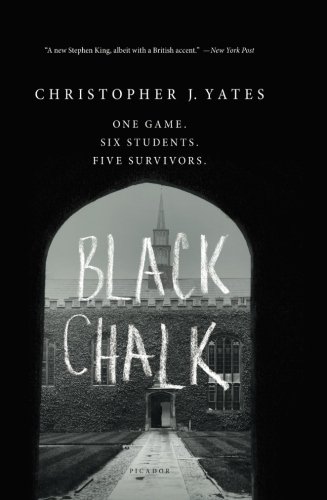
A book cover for Black Chalk; Christopher J. Yates; Mystery, Thriller & Suspense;